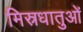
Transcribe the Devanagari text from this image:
मिस्रधातुओं